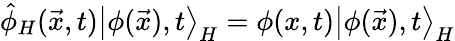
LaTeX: \hat{\phi}_{H}(\vec{x},t)\left|\phi(\vec{x}),t\right>_{H}=\phi(x,t)\left|\phi(\vec{x}),t\right>_{H}